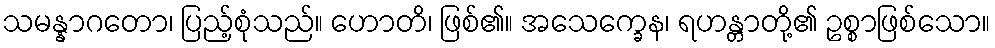
သမန္နာဂတော၊ ပြည့်စုံသည်။ ဟောတိ၊ ဖြစ်၏။ အသေက္ခေန၊ ရဟန္တာတို့၏ ဥစ္စာဖြစ်သော။